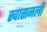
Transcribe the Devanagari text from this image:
स्वासनली